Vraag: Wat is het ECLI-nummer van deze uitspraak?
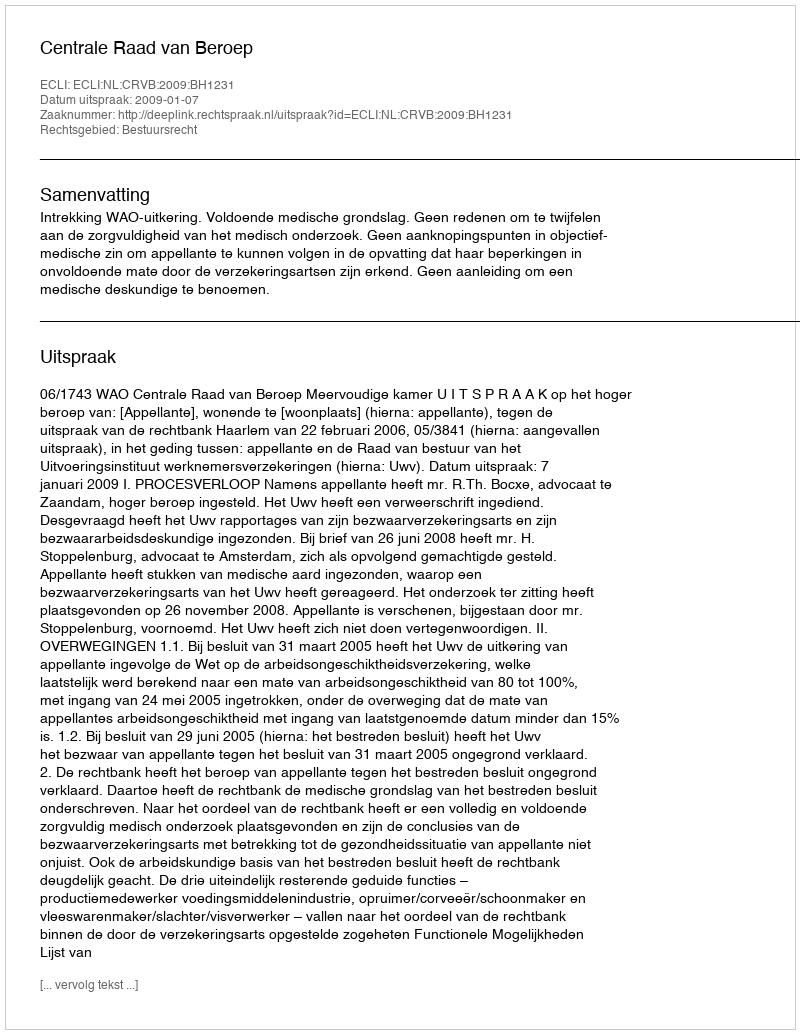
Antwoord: ECLI:NL:CRVB:2009:BH1231